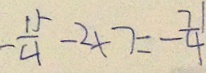
- \frac { 1 5 } { 4 } - 2 \times 7 = - \frac { 7 1 } { 4 }